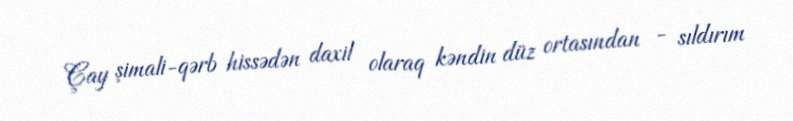
Çay şimali-qərb hissədən daxil olaraq kəndin düz ortasından - sıldırım